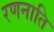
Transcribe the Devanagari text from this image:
रणनाति